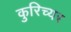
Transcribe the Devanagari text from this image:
कुरिच्यर